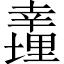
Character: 𢆪